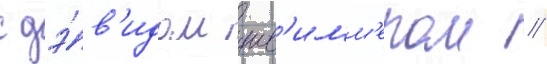
с дэ́в'идом шв'имм'ером /